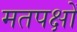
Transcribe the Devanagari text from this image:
मतपक्षों